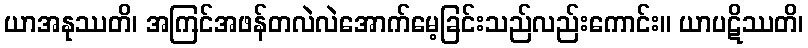
ယာအနုဿတိ၊ အကြင်အဖန်တလဲလဲအောက်မေ့ခြင်းသည်လည်းကောင်း။ ယာပဋိဿတိ၊